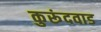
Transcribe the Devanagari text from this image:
कुरूंदवाड